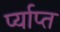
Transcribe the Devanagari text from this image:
र्प्याप्त